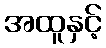
အထူနှင့်